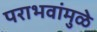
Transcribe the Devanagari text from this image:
पराभवांमुळे